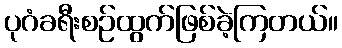
ပုဂံခရီးစဉ်ထွက်ဖြစ်ခဲ့ကြတယ်။